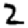
Digit: 2